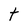
Character: t